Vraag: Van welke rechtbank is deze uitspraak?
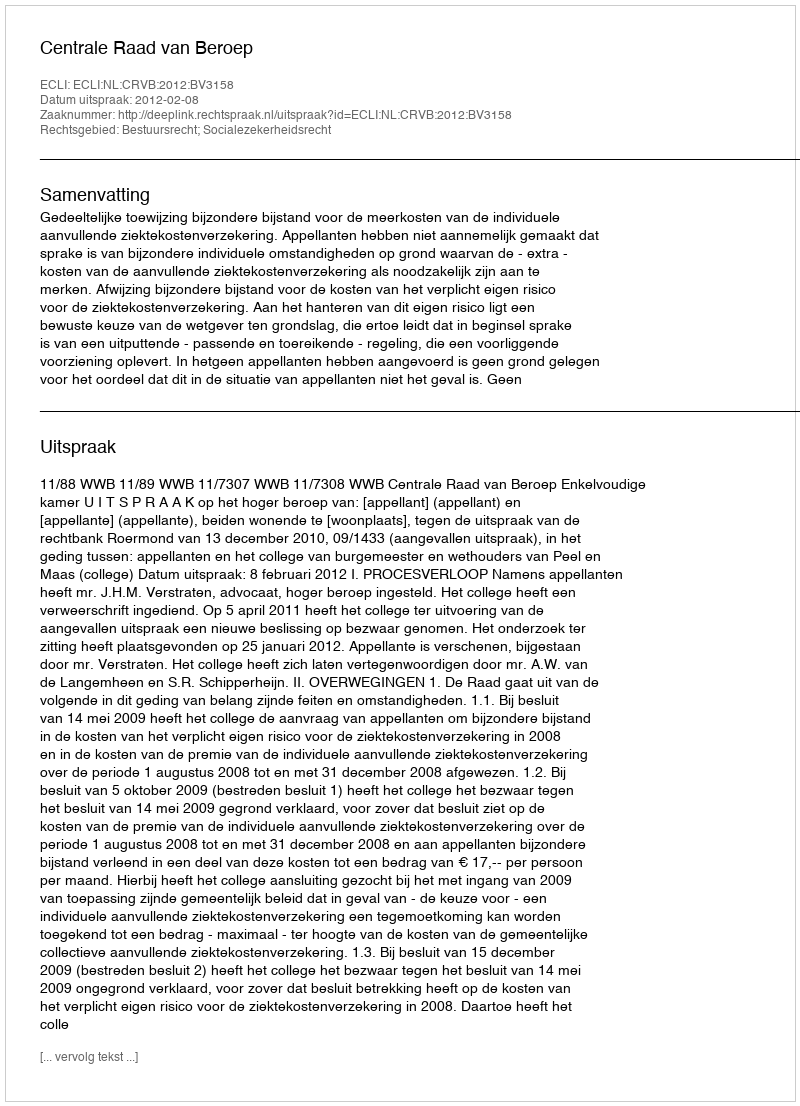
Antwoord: Centrale Raad van Beroep